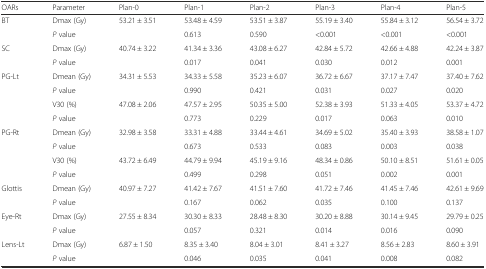
<table><thead><tr><td><b>OARs</b></td><td><b>Parameter</b></td><td><b>Plan-0</b></td><td><b>Plan-1</b></td><td><b>Plan-2</b></td><td><b>Plan-3</b></td><td><b>Plan-4</b></td><td><b>Plan-5</b></td></tr></thead><tbody><tr><td rowspan="2">BT</td><td>Dmax (Gy)</td><td>53.21 ± 3.51</td><td>53.48 ± 4.59</td><td>53.51 ± 3.87</td><td>55.19 ± 3.40</td><td>55.84 ± 3.12</td><td>56.54 ± 3.72</td></tr><tr><td><i>P</i> value</td><td></td><td>0.613</td><td>0.590</td><td>&lt;0.001</td><td>&lt;0.001</td><td>&lt;0.001</td></tr><tr><td rowspan="2">SC</td><td>Dmax (Gy)</td><td>40.74 ± 3.22</td><td>41.34 ± 3.36</td><td>43.08 ± 6.27</td><td>42.84 ± 5.72</td><td>42.66 ± 4.88</td><td>42.24 ± 3.87</td></tr><tr><td><i>P</i> value</td><td></td><td>0.017</td><td>0.041</td><td>0.030</td><td>0.012</td><td>0.001</td></tr><tr><td rowspan="4">PG-Lt</td><td>Dmean (Gy)</td><td>34.31 ± 5.53</td><td>34.33 ± 5.58</td><td>35.23 ± 6.07</td><td>36.72 ± 6.67</td><td>37.17 ± 7.47</td><td>37.40 ± 7.62</td></tr><tr><td><i>P</i> value</td><td></td><td>0.990</td><td>0.421</td><td>0.031</td><td>0.027</td><td>0.020</td></tr><tr><td>V30 (%)</td><td>47.08 ± 2.06</td><td>47.57 ± 2.95</td><td>50.35 ± 5.00</td><td>52.38 ± 3.93</td><td>51.33 ± 4.05</td><td>53.37 ± 4.72</td></tr><tr><td><i>P</i> value</td><td></td><td>0.773</td><td>0.229</td><td>0.017</td><td>0.063</td><td>0.010</td></tr><tr><td rowspan="4">PG-Rt</td><td>Dmean (Gy)</td><td>32.98 ± 3.58</td><td>33.31 ± 4.88</td><td>33.44 ± 4.61</td><td>34.69 ± 5.02</td><td>35.40 ± 3.93</td><td>38.58 ± 1.07</td></tr><tr><td><i>P</i> value</td><td></td><td>0.673</td><td>0.533</td><td>0.083</td><td>0.003</td><td>0.038</td></tr><tr><td>V30 (%)</td><td>43.72 ± 6.49</td><td>44.79 ± 9.94</td><td>45.19 ± 9.16</td><td>48.34 ± 0.86</td><td>50.10 ± 8.51</td><td>51.61 ± 0.05</td></tr><tr><td><i>P</i> value</td><td></td><td>0.499</td><td>0.298</td><td>0.051</td><td>0.002</td><td>0.001</td></tr><tr><td>Glottis</td><td>Dmean (Gy)</td><td>40.97 ± 7.27</td><td>41.42 ± 7.67</td><td>41.51 ± 7.60</td><td>41.72 ± 7.46</td><td>41.45 ± 7.46</td><td>42.61 ± 9.69</td></tr><tr><td></td><td><i>P</i> value</td><td></td><td>0.167</td><td>0.062</td><td>0.035</td><td>0.100</td><td>0.137</td></tr><tr><td>Eye-Rt</td><td>Dmax (Gy)</td><td>27.55 ± 8.34</td><td>30.30 ± 8.33</td><td>28.48 ± 8.30</td><td>30.20 ± 8.88</td><td>30.14 ± 9.45</td><td>29.79 ± 0.25</td></tr><tr><td></td><td><i>P</i> value</td><td></td><td>0.057</td><td>0.321</td><td>0.014</td><td>0.016</td><td>0.090</td></tr><tr><td>Lens-Lt</td><td>Dmax (Gy)</td><td>6.87 ± 1.50</td><td>8.35 ± 3.40</td><td>8.04 ± 3.01</td><td>8.41 ± 3.27</td><td>8.56 ± 2.83</td><td>8.60 ± 3.91</td></tr><tr><td></td><td><i>P</i> value</td><td></td><td>0.046</td><td>0.035</td><td>0.041</td><td>0.008</td><td>0.082</td></tr></tbody></table>